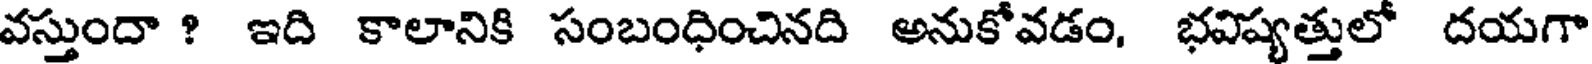
వస్తుందా ? ఇది కాలానికి సంబంధించినది అనుకోవడం, భవిష్యత్తులో దయగా